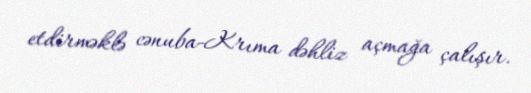
etdirməklə cənuba-Krıma dəhliz açmağa çalışır.